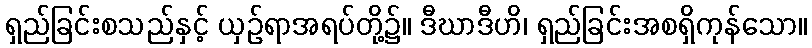
ရှည်ခြင်းစသည်နှင့် ယှဉ်ရာအရပ်တို့၌။ ဒီဃာဒီဟိ၊ ရှည်ခြင်းအစရှိကုန်သော။